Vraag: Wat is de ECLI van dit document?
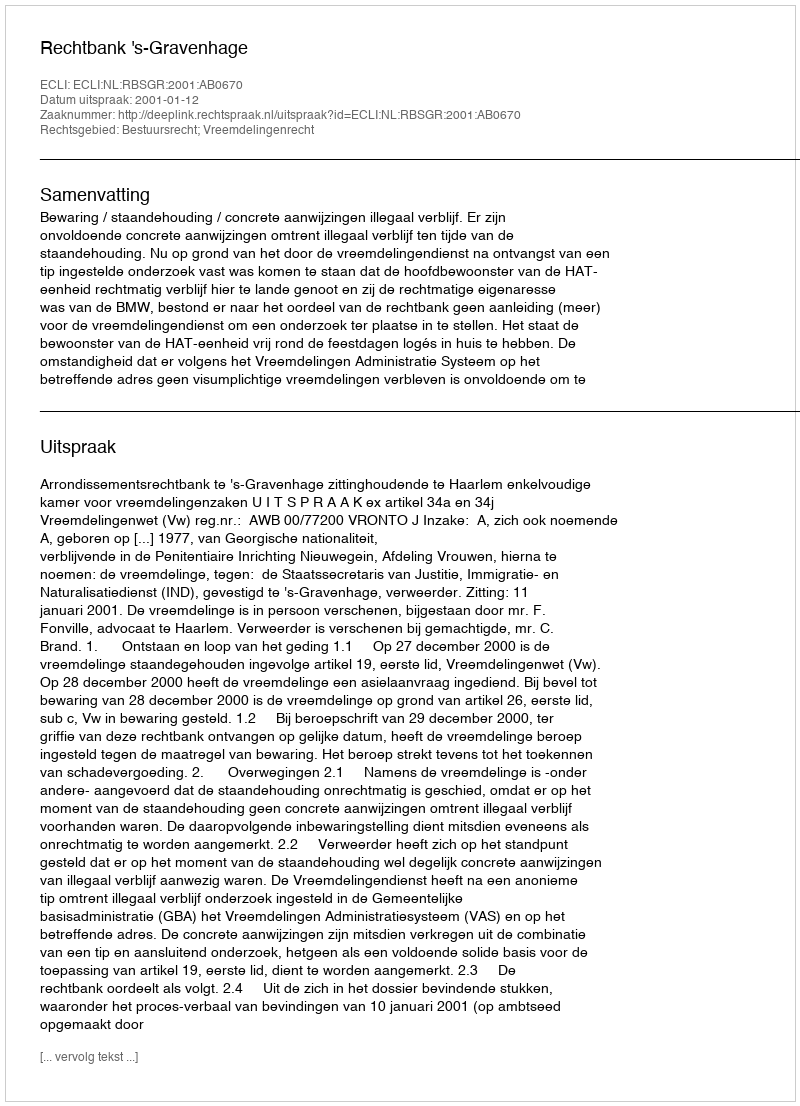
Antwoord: ECLI:NL:RBSGR:2001:AB0670